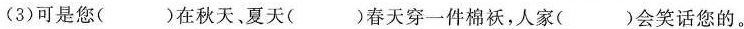
(3)可是您( )在秋天、夏天( )春天穿一件棉袄，人家( )会笑话您的。